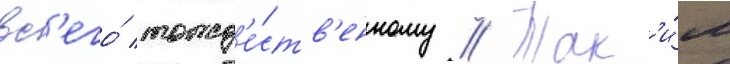
вс'его́ тожд'е́ств'енному // Так'и́м